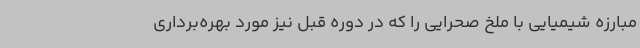
مبارزه شیمیایی با ملخ صحرایی را که در دوره قبل نیز مورد بهره‌برداری